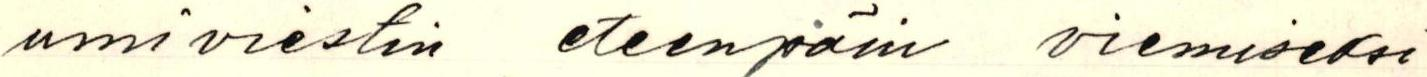
umiviestin eteenpäin viemiseksi